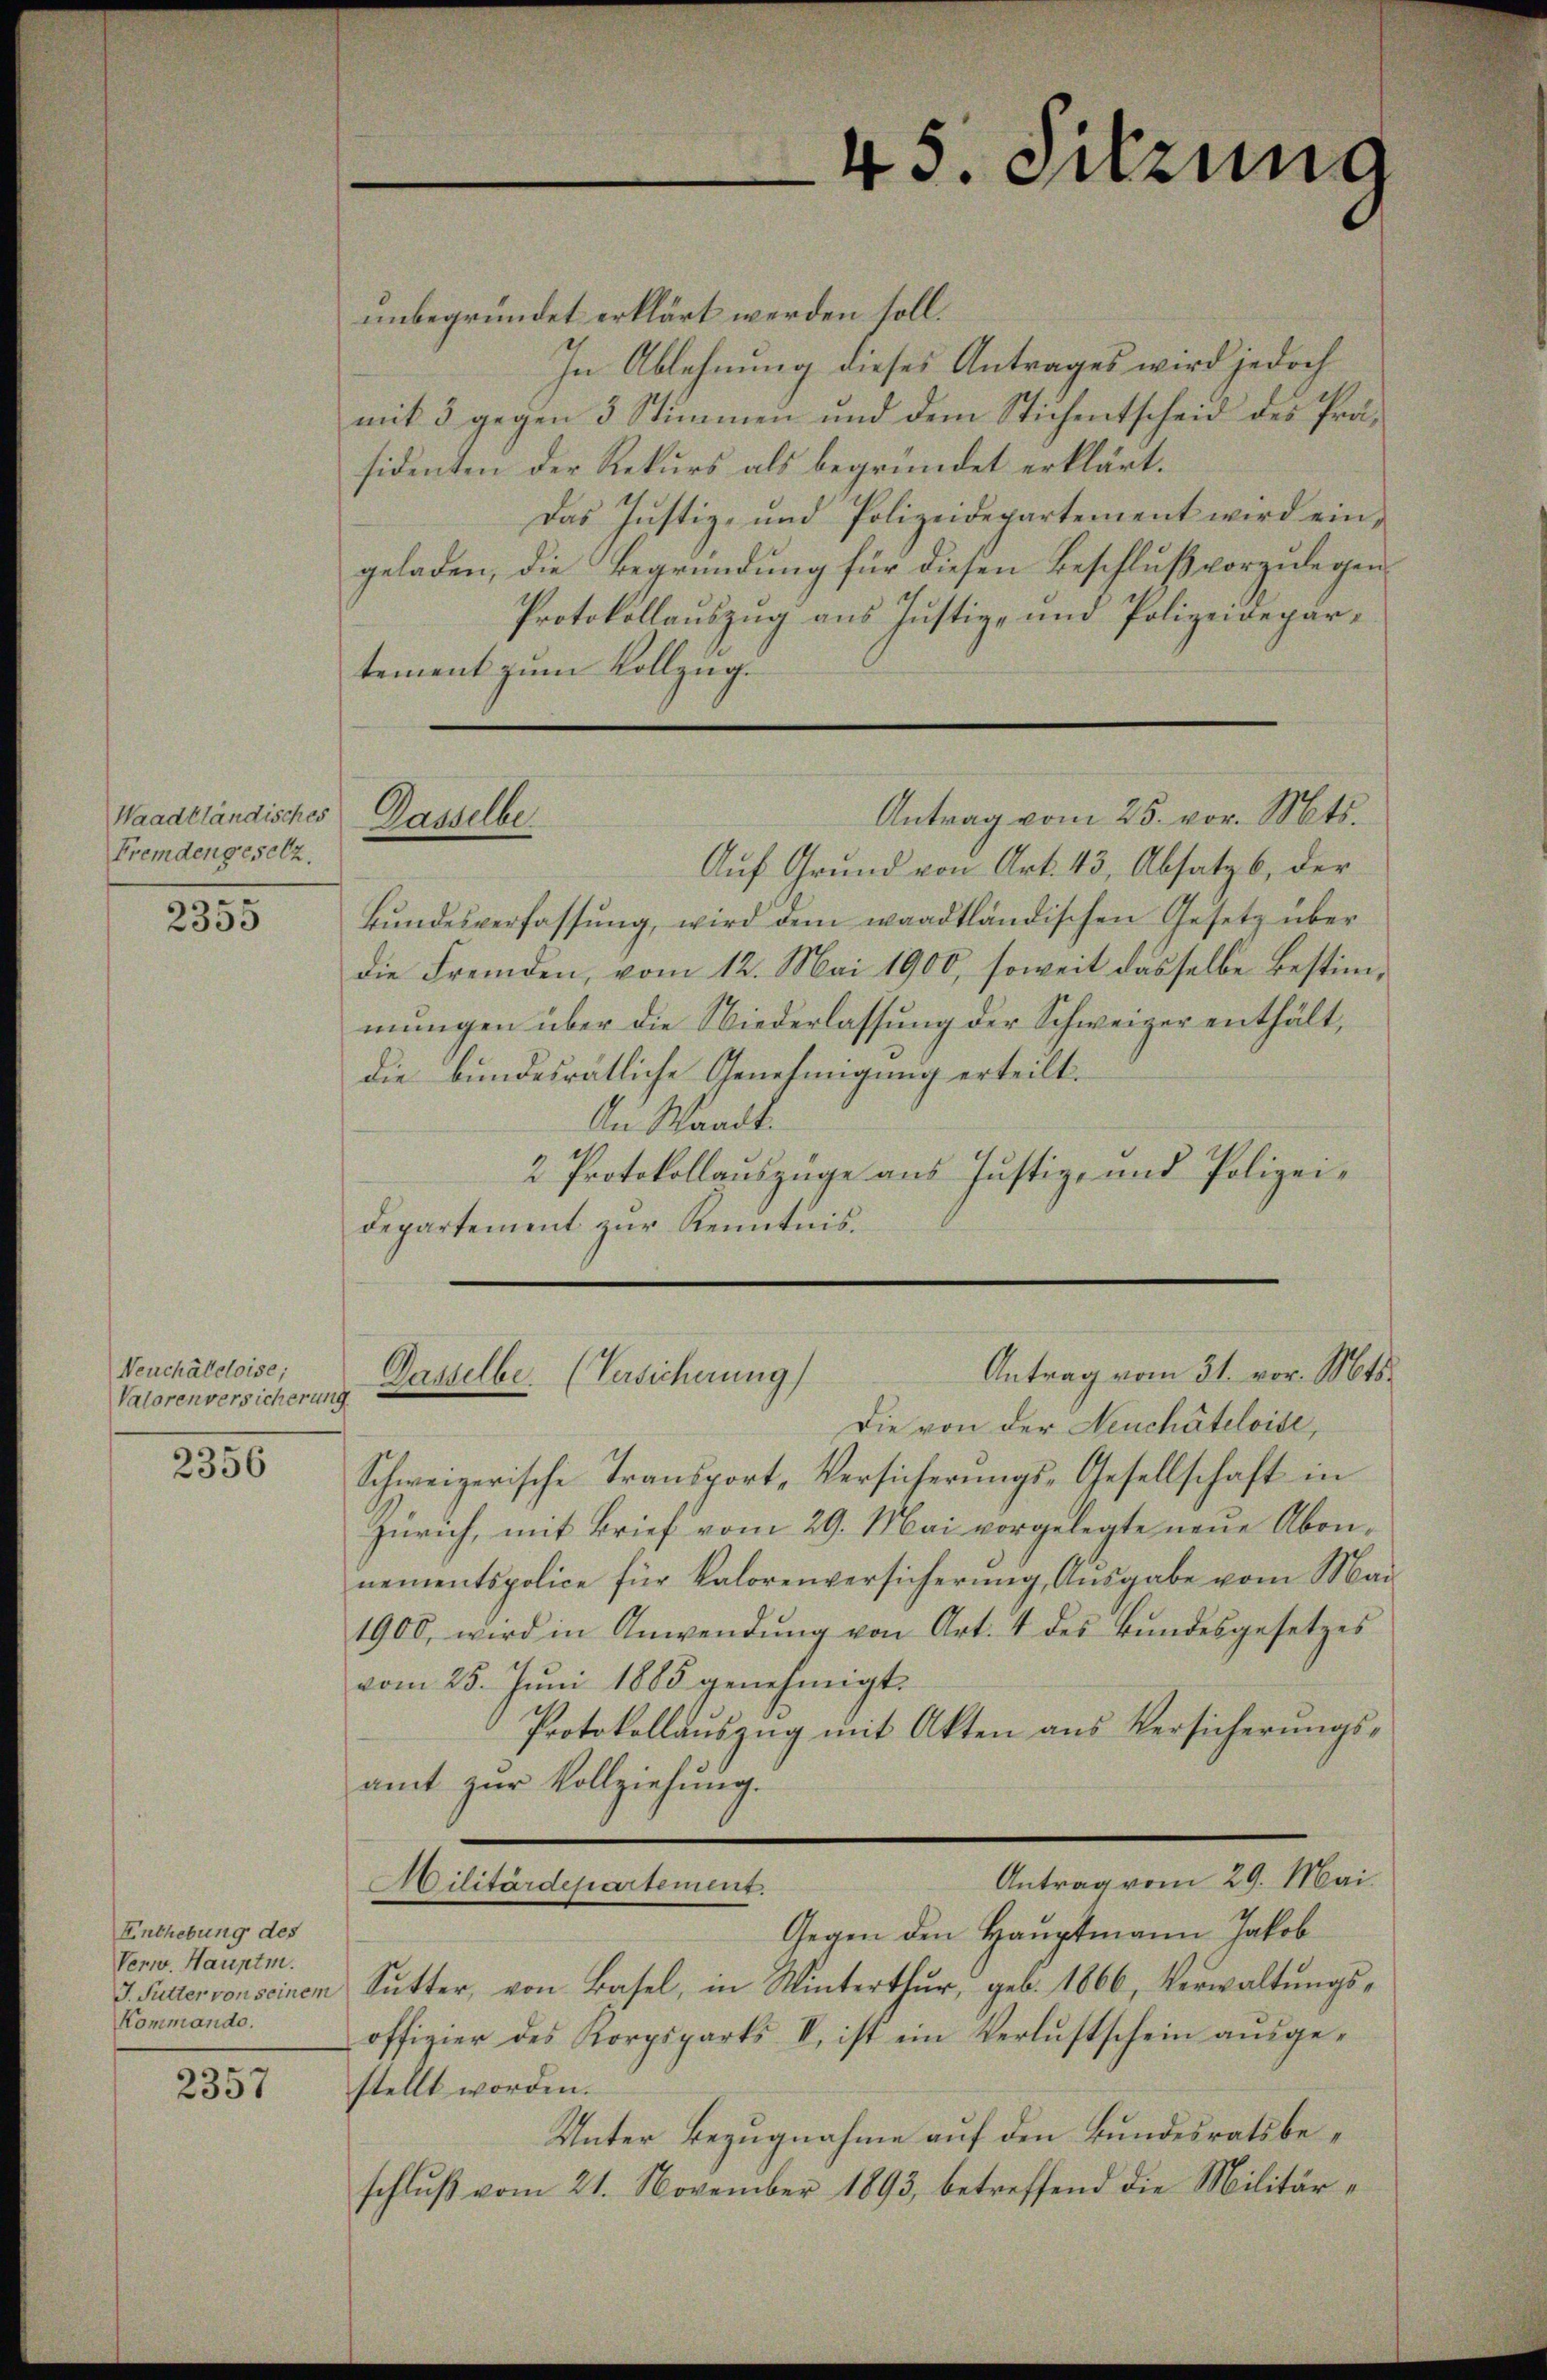
Waadtländisches
Fremdengesetz.

2355

Neuchâteloise;
Valorenversicherung

2356

Enthebung des
Verw. Hauptm.
Kommando.

2357

unbegründet erklärt werden soll.
In Ablehnung dieses Antrages wird jedoch
mit 3 gegen 3 Stimmen und dem Stichentscheid des Präsidenten der Rekurs als begründet erklärt.
Das Justiz- und Polizeidepartement wird eingeladen, die Begründung für diesen Beschluß vorzulegen.
Protokollauszug aus Justiz- und Polizeidepärtement zum Vollzug.
Antrag vom 25. vor. Mts.
Ganelle
Auf Grund von Art. 43, Absatz, der
Bŭndesverfassŭng, wird dem waadtländischen Gesetz über
die Fremden, vom 12. Mai 1900, soweit dasselbe Bestimmungen über die Niederlassung der Schweizer enthält,
die bundesrätliche Genehmigung erteilt.
An Waadt.
2 Protokollauszüge aus Justiz- und Polizeidepartement zur Kenntnis.

45. Sitzung

Antrag vom 31. vor. Mts.
Dasselbe. (Versicherung

Die von der Neuchâteloise,
Schweizerische Transport, Versicherungs-Gesellschaft in
Zürich, mit Brief vom 29. Mai vorgelegte neue Abonnementspolice für Kalorenversicherung, Ausgabe vom Mai
1900, wird in Anwendŭng von Art. 4 des Bŭndesgesetzes
vom 25. Juni 1885 genehmigt.
Protokollauszug mit Akten aus Versicherungsamt zur Vollziehung.
Antrag vom 29. Mai.
Militärdepartement.
Gegen den Hauptmann Jakob
v. Pulter vonseinem Sŭtter, von Basel, in Winterthur, geb. 1866, Verwaltŭngs-
offizier des Korpsparts II, ist ein Verlustschein ausgestellt worden.
Unter Bezugnahme auf den Bundesrats beschlŭβ vom 21. November 1893, betreffend die Militär¬